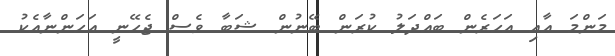
މަންމަ އާއި އަހަރެން ބައްދަލު ކުރަން ބޭނުން ޝަބާ ވެސް ޖެހޭނީ އަހަންނާއެކު